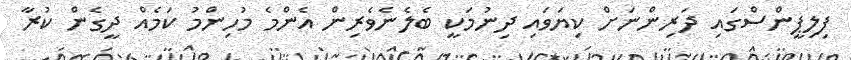
ފިލިޕީންސްގައި ދަރިންނަށް ކިޔަވައި ދިނުމަކީ ބެލެނެވެރިން އެންމެ މުހިންމު ކަމެއް ދީގެން ކުރާ